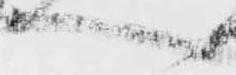
へ